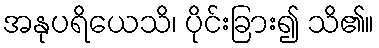
အနုပရိယေသိ၊ ပိုင်းခြား၍ သိ၏။